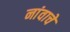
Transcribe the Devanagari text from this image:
नांवाचें